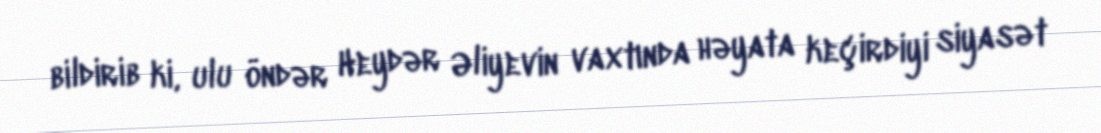
bildirib ki, ulu öndər Heydər Əliyevin vaxtında həyata keçirdiyi siyasət